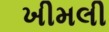
ખીમલી